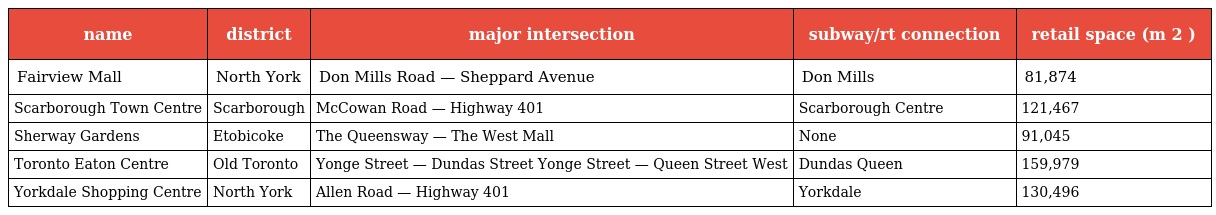
| name | district | major intersection | subway/rt connection | retail space (m 2 ) |
 | --- | --- | --- | --- | --- |
 | Fairview Mall | North York | Don Mills Road — Sheppard Avenue | Don Mills | 81,874 |
 | Scarborough Town Centre | Scarborough | McCowan Road — Highway 401 | Scarborough Centre | 121,467 |
 | Sherway Gardens | Etobicoke | The Queensway — The West Mall | None | 91,045 |
 | Toronto Eaton Centre | Old Toronto | Yonge Street — Dundas Street Yonge Street — Queen Street West | Dundas Queen | 159,979 |
 | Yorkdale Shopping Centre | North York | Allen Road — Highway 401 | Yorkdale | 130,496 |